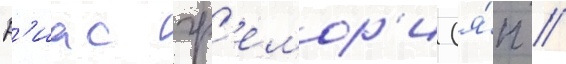
Р'иас гр'емор'и (я́п //